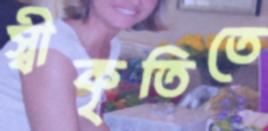
স্বীকৃতিতে